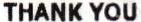
THANK YOU